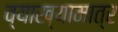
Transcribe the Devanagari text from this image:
व्याख्यामात्र